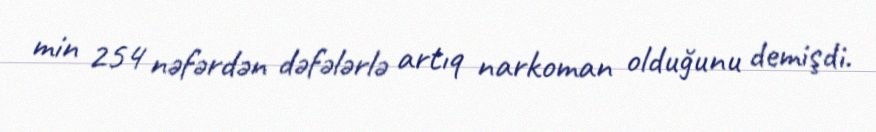
min 254 nəfərdən dəfələrlə artıq narkoman olduğunu demişdi.